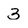
Character: 3